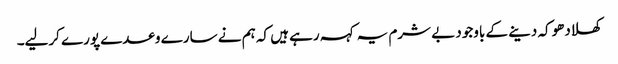
کھلادھوکہ دینے کے باوجود بے شرم یہ کہہ رہے ہیں کہ ہم نے سارے وعدے پورے کرلیے۔